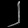
Digit: ၂